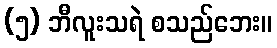
(၅) ဘီလူးသရဲ စသည်ဘေး။